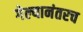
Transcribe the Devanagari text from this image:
गेल्यानंतरच